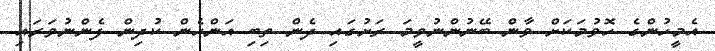
އެމީހުންގެ ހޮވުމަކަށް ވާން ބޭނުންނުވީމަ ރަށުގައި ދެން ތިބި އަންހެން ކުދިން ފެންނުވަރައި